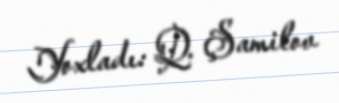
Yoxladı: Q. Şamilov